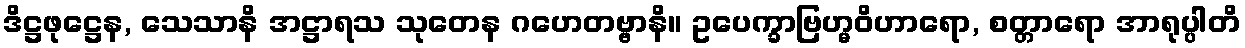
ဒိဋ္ဌဖုဋ္ဌေန, သေသာနိ အဋ္ဌာရသ သုတေန ဂဟေတဗ္ဗာနိ။ ဥပေက္ခာဗြဟ္မဝိဟာရော, စတ္တာရော အာရုပ္ပါတိ